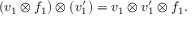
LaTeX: ( v _ { 1 } \otimes f _ { 1 } ) \otimes ( v _ { 1 } ^ { \prime } ) = v _ { 1 } \otimes v _ { 1 } ^ { \prime } \otimes f _ { 1 } .